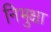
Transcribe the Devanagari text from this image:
निभुक्षा